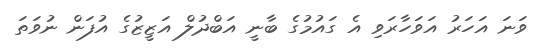
ވަނަ އަހަރު އަވަހާރަވި އެ ގައުމުގެ ބާނީ އަބްދުލް އަޒީޒުގެ އުފަން ނުވަތަ